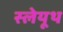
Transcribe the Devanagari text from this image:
स्लेयूथ